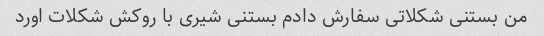
من بستنی شکلاتی سفارش دادم بستنی شیری با روکش شکلات اورد